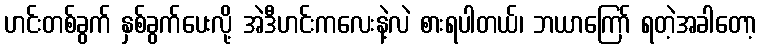
ဟင်းတစ်ခွက် နှစ်ခွက်ပေးလို့ အဲဒီဟင်းကလေးနဲ့လဲ စားရပါတယ်၊ ဘယာကြော် ရတဲ့အခါတော့